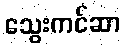
သွေးကင်ဆာ